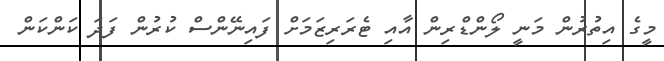
މީގެ އިތުރުން މަނީ ލޯންޑްރިން އާއި ޓެރަރިޒަމަށް ފައިނޭންސް ކުރުން ފަދަ ކަންކަން